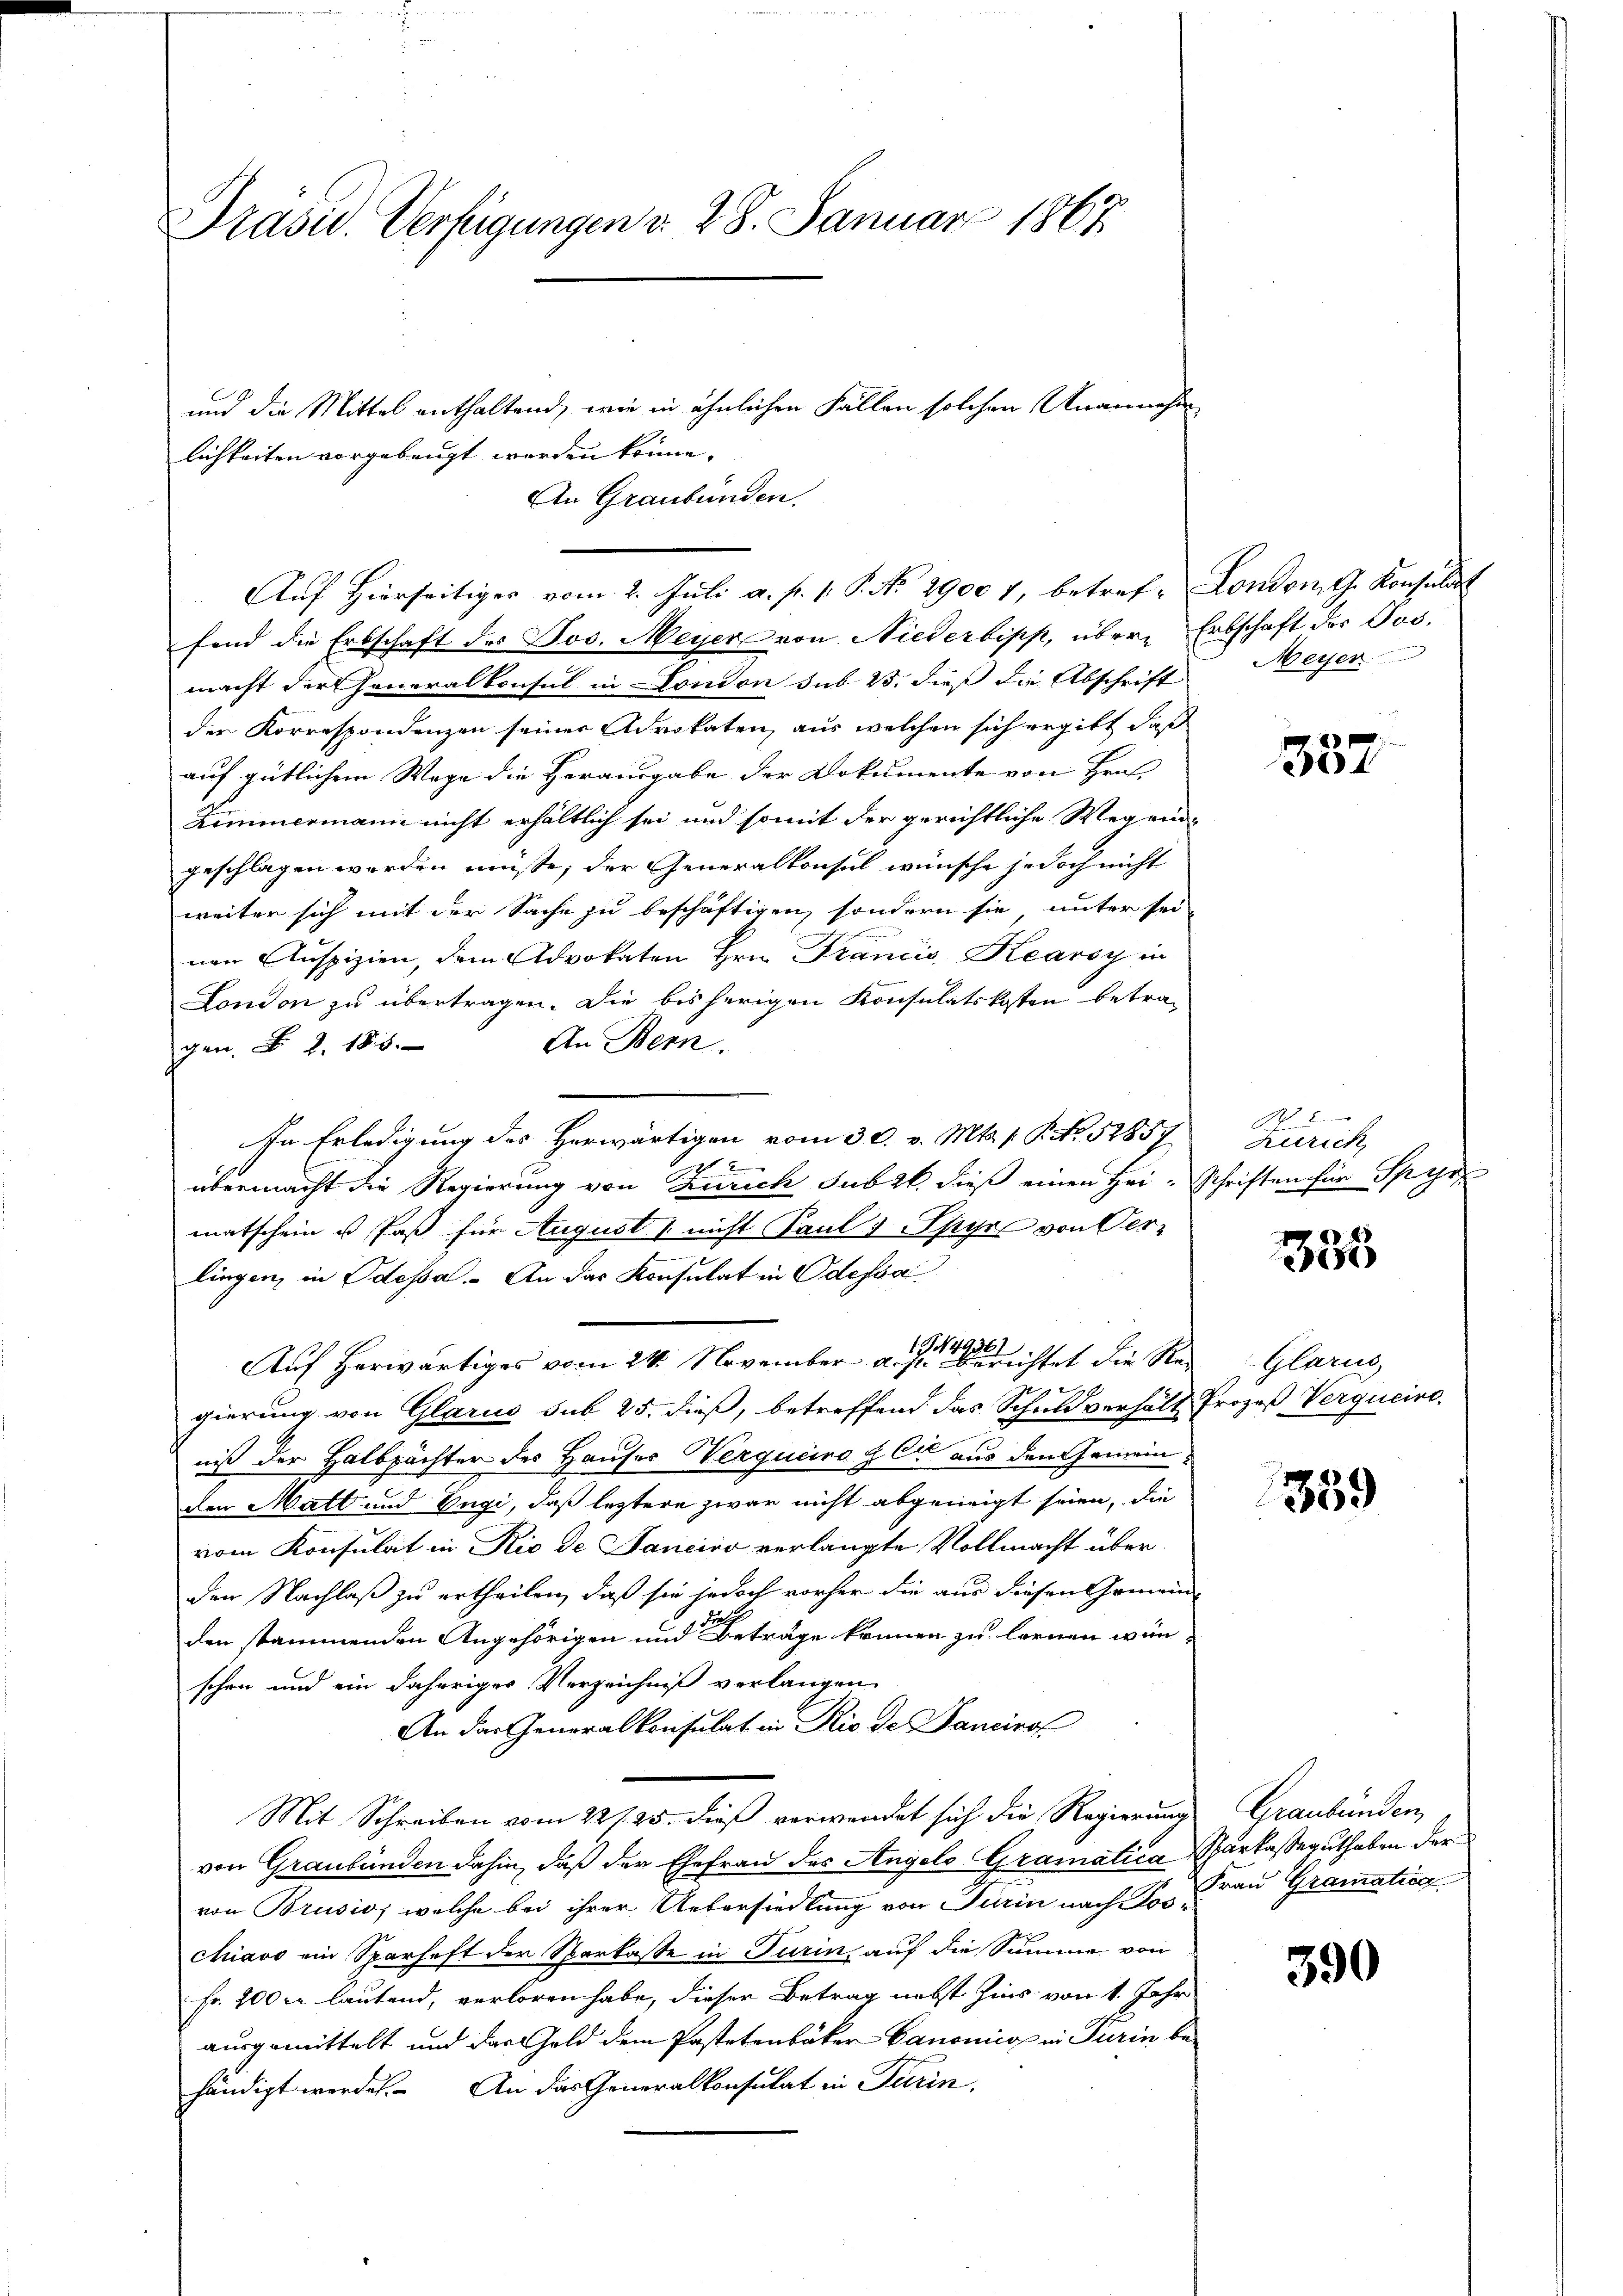
Präsid. Verfügungen d. 28. Januar 1867.

und die Mittel enthaltend, wie in ähnlichen Fällen solchen Unannehm
lichkeiten vorgebeugt werden könne.
An Graubünden.
fend die Erbschaft des Jos. Meyer von Niederbipp, über Erbschaft des Jos.
macht der Generalkonsul in Condon sub 25. dieß die Abschrift Meyer
der Korrespondenzen seiner Advokaten, aus welchen sich ergibt, daß
auf gütlichem Wege die Herausgabe der Dokumente von Hrn.
Zimmermann nicht erhältlich sei und somit der gerichtliche Wegend
geschlagen werden müsse; der Generalkonsul wünsche jedoch nicht
weiter sich mit der Sache zu beschäftigen, sondern sie, unter sei-
nen Auspizien, dem Advokaten Hrn. Francis Kearsy in
London zu übertragen. Die bisherigen Konsulatskosten betra¬
An Bern.
gen. N. Z. 188.
In Erledigung des Herwärtigen vom 30. v. Mts. 1. P. Nr. 52857

übermacht die Regierung von Zürich Jubel, dieß einen Hei-Schriften für Spyr
matschein u Paß für August nicht Paul Speyer von Ver-
lingen, in Odessa. An das Konsulat in Odessa
Auf herwärtiges vom 24. November aus eine richtet die Ren Glarus,
gierung von Glarus sub 25. dieß, betreffend das Schuldverhält Prozeß Vergucire
niß der Halbpächter des Hauser Verqueiro der aus den Gemeinden Matt und Engi, daß leztere zwar nicht abgeneigt seien, die
vom Konsulat in Rio de Janeiro verlangte Vollmacht überden Nachlaß zu ertheilen, daß sie jedoch vorher die aus diesen Gemeinde
den stammenden Angehörigen und Beträge können zu lernen wün
schon und ein daheriges Verzeichniß verlangen
An das Generalkonsulat in Rio de Bancinol
Mit Schreiben vom 22/25. dieß verwendet sich die Regierung
von Graubünden dahin, daß der Ehefrau des Angelo Gramatica Sparkaseguthaben der
von Brusio, welche bei ihrer Uebersiedlung von Turin nach Los-
chiavo ein Sparhaft der Sparkasse in Turin, auf die Summe von
Fr. 200 rl lautend, verloren habe, dieser Betrag nebst Zins von 1. Jahr
ausgemittelt und das Gold dem Pastetenbäker Canonico in Turin be-
händigt werden. An das Generalkonsulat in Turin,

Auf Hierseitiger vom 2. Juli a. p. 1. P. No 2900 7, betref- London G. Konsultat

2
e

B 2
Zürich

.
e

359

Graubünden,
Frau Grauzating

390